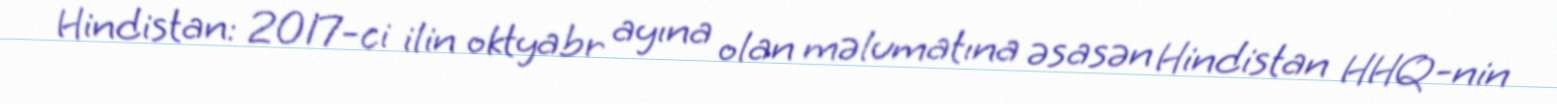
Hindistan: 2017-ci ilin oktyabr ayına olan məlumatına əsasən Hindistan HHQ-nin